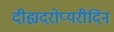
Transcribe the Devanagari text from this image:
दीह्यदरोप्यरीदिन